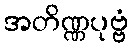
အတိဏ္ဏပုဗ္ဗံ